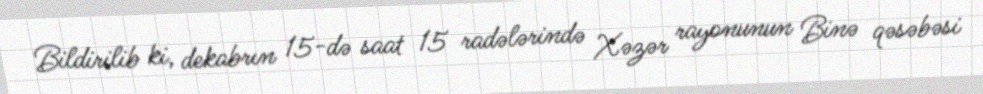
Bildirilib ki, dekabrın 15-də saat 15 radələrində Xəzər rayonunun Binə qəsəbəsi